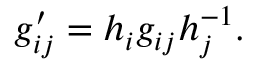
g _ { i j } ^ { \prime } = h _ { i } g _ { i j } h _ { j } ^ { - 1 } .